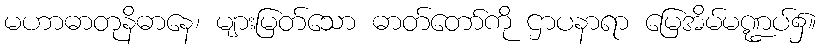
မဟာဓာတုနိဓာနေ၊ များမြတ်သော ဓာတ်တော်ကို ဌာပနာရာ မြေအိမ်မဏ္ဍပ်၌။